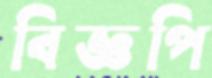
বিজ্ঞপি